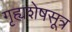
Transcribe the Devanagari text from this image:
गृह्यशेषसूत्र